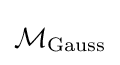
{\mathcal {M}}_{\text{Gauss}}